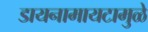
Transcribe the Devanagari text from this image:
डायनामायटामुळे